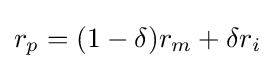
r_{p}=(1-\delta )r_{m}+\delta r_{i}